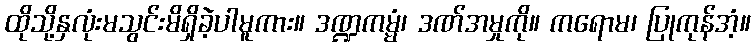
ထိုသို့နှလုံးမသွင်းမိရှိခဲ့ပါမူကား။ ဒဏ္ဍကမ္မံ၊ ဒဏ်အမှုကို။ ကရောမ၊ ပြုကုန်အံ့။